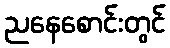
ညနေစောင်းတွင်